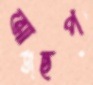
আছপ